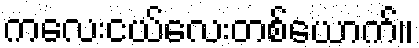
ကလေးငယ်လေးတစ်ယောက်။